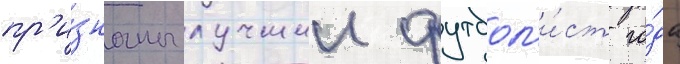
пр'и́знаны лучшии футбол'и́ст го́да